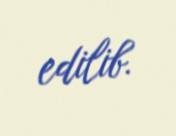
edilib.